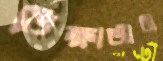
ভিক্ষাজীবী